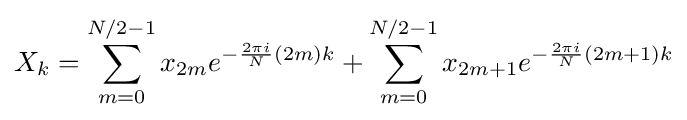
X_{k}=\sum _{m=0}^{N/2-1}x_{2m}e^{-{\frac {2\pi i}{N}}(2m)k}+\sum _{m=0}^{N/2-1}x_{2m+1}e^{-{\frac {2\pi i}{N}}(2m+1)k}